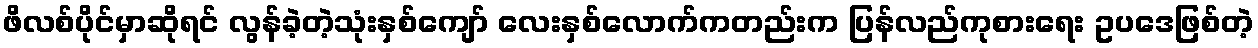
ဖိလစ်ပိုင်မှာဆိုရင် လွန်ခဲ့တဲ့သုံးနှစ်ကျော် လေးနှစ်လောက်ကတည်းက ပြန်လည်ကုစားရေး ဥပဒေဖြစ်တဲ့